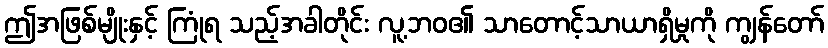
ဤအဖြစ်မျိုးနှင့် ကြုံရ သည့်အခါတိုင်း လူ့ဘဝ၏ သာတောင့်သာယာရှိမှုကို ကျွန်တော်